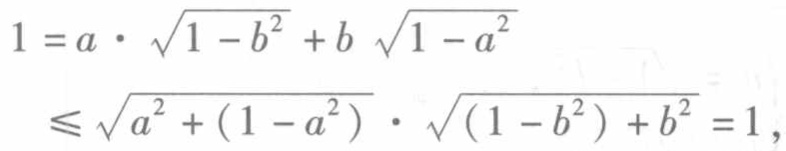
\[
\begin{align*}
1&=a\cdot\sqrt{1 - b^{2}}+b\sqrt{1 - a^{2}}\\
&\leqslant\sqrt{a^{2}+(1 - a^{2})}\cdot\sqrt{(1 - b^{2})+b^{2}} = 1,
\end{align*}
\]